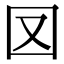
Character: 㘝